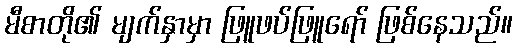
မီစာတို၏ မျက်နှာမှာ ဖြူဖပ်ဖြူရော် ဖြစ်နေသည်။